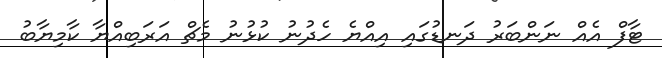
ޓާފް އެއް ނަންބަރު ދަނޑުގައި އިއްޔެ ހެދުނު ކުޅުނު މެޗް އަރަބިއްޔާ ކާމިޔާބު